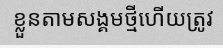
ខ្លួនតាមសង្គមថ្មីហើយត្រូវ